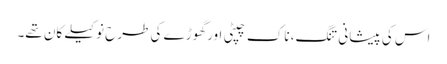
اس کی پیشانی تنگ، ناک چپٹی اور گھوڑے کی طرح نوکیلے کان تھے۔